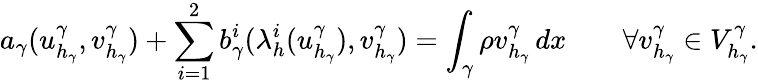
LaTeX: a_{\gamma}(u_{h_{\gamma}}^{\gamma},v_{h_{\gamma}}^{\gamma})+\sum_{i=1}^{2}b_{\gamma}^{i}(\lambda_{h}^{i}(u_{h_{\gamma}}^{\gamma}),v_{h_{\gamma}}^{\gamma})=\int_{\gamma}\rho v_{h_{\gamma}}^{\gamma}\, dx\qquad\forall v_{h_{\gamma}}^{\gamma}\in V_{h_{\gamma}}^{\gamma}.